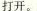
打开。